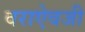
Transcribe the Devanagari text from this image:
वराऐवजी